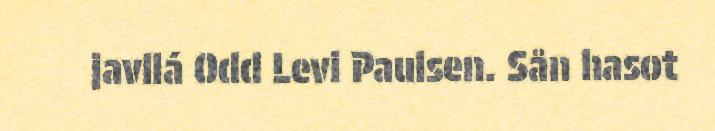
javllá Odd Levi Paulsen. Sån hasot